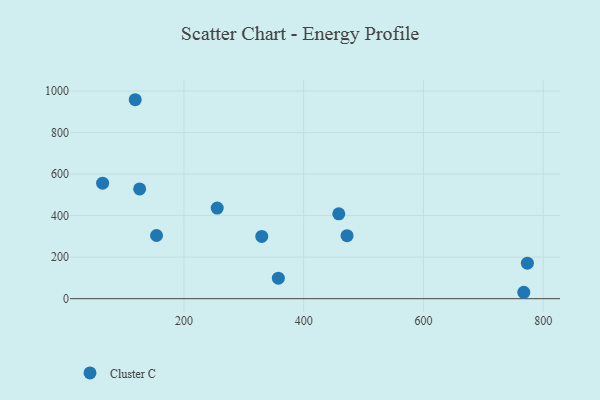
{"axis": {"x": "Engine Size", "y": "Profit"}, "legend": ["Cluster C"], "data": [{"x": "118.7", "y": 958.0, "type": "Cluster C"}, {"x": "357.7", "y": 98.6, "type": "Cluster C"}, {"x": "472.4", "y": 303.5, "type": "Cluster C"}, {"x": "773.5", "y": 171.0, "type": "Cluster C"}, {"x": "126.1", "y": 528.6, "type": "Cluster C"}, {"x": "64.3", "y": 556.4, "type": "Cluster C"}, {"x": "767.5", "y": 30.9, "type": "Cluster C"}, {"x": "330.0", "y": 299.8, "type": "Cluster C"}, {"x": "255.6", "y": 436.4, "type": "Cluster C"}, {"x": "154.3", "y": 304.3, "type": "Cluster C"}, {"x": "458.6", "y": 408.4, "type": "Cluster C"}]}